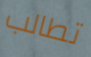
تطالب